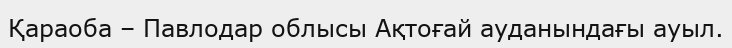
Қараоба – Павлодар облысы Ақтоғай ауданындағы ауыл.